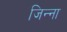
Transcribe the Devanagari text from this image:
जिन्‍ना